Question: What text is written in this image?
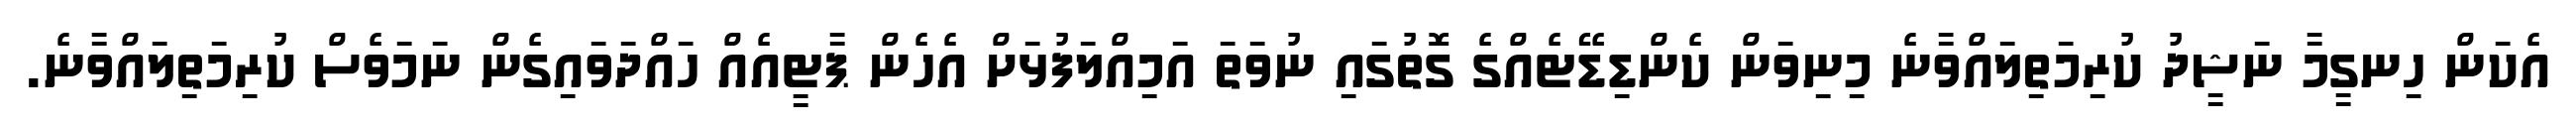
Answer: އެކަން ހިނގީމާ ނަޝީދު ކުރިމަތިލައްވާނެ މިނިވަން ކެންޑިޑޭޓެއްގެ ގޮތުގައި ނުވަތަ އަމިއްލަފުޅަށް އެހެން ޕާޓީއެއް ހައްދަވައިގެން ނަމަވެސް ކުރިމަތިލައްވާނެ.